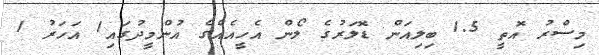
މިސްރު އޮތީ 1.5 ބިލިއަން ޑޮލަރުގެ ލޯން އެހީއެއްގެ އުންމީދުގައި1 އަހަރު 1